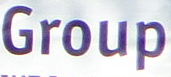
Group